Problem: 5 × 7 = ?
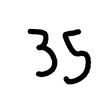
Handwritten answer: 35